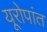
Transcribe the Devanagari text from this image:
यूरोपांत